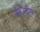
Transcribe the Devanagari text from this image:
कंेदीय